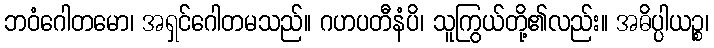
ဘဝံဂေါတမော၊ အရှင်ဂေါတမသည်။ ဂဟပတီနံပိ၊ သူကြွယ်တို့၏လည်း။ အဓိပ္ပါယဉ္စ၊